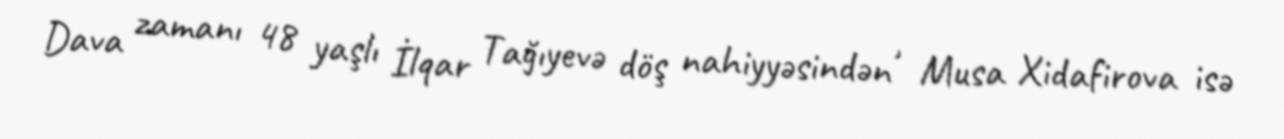
Dava zamanı 48 yaşlı İlqar Tağıyevə döş nahiyyəsindən , Musa Xidafirova isə